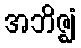
အဘိဇ္ဈံ